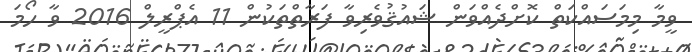
ވީމާ މިމަސައްކަތް ކޮށްދެއްވަން ޝައުޤުވެރިވާ ފަރާތްތަކުން 11 އެޕްރީލް 2016 ވާ ހޯމަ